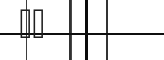
١٤